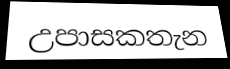
උපාසකතැන